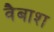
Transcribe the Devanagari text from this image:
वैबाश